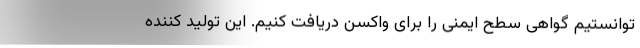
توانستیم گواهی سطح ایمنی را برای واکسن دریافت کنیم. این تولید کننده